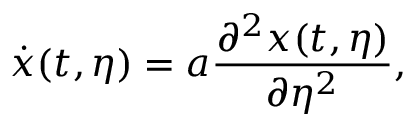
\dot { x } ( t , \eta ) = a \frac { \partial ^ { 2 } x ( t , \eta ) } { \partial \eta ^ { 2 } } ,